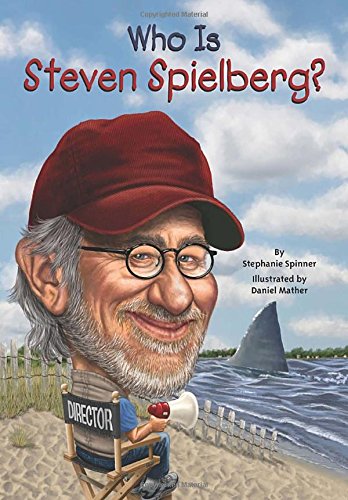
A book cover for Who Is Steven Spielberg? (Who Was...?); Stephanie Spinner; Children's Books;